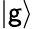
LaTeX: |\mathsf{g}\rangle